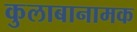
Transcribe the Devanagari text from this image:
कुलाबानामक